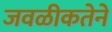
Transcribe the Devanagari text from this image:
जवळीकतेने